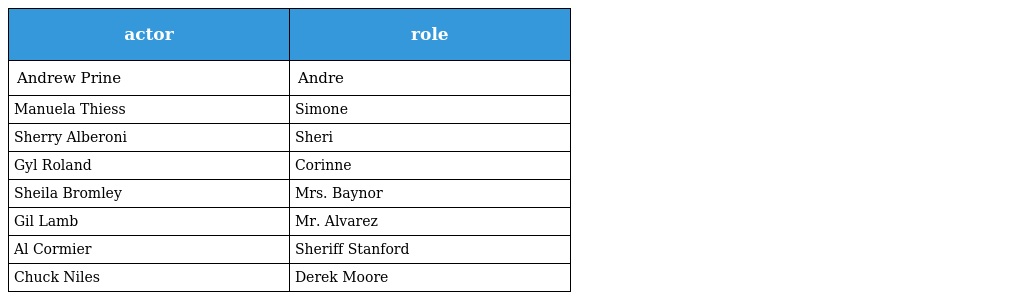
| actor | role |
 | --- | --- |
 | Andrew Prine | Andre |
 | Manuela Thiess | Simone |
 | Sherry Alberoni | Sheri |
 | Gyl Roland | Corinne |
 | Sheila Bromley | Mrs. Baynor |
 | Gil Lamb | Mr. Alvarez |
 | Al Cormier | Sheriff Stanford |
 | Chuck Niles | Derek Moore |